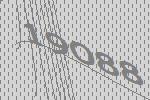
19088